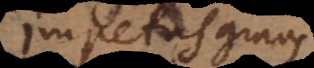
impetus gravis